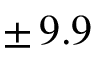
\pm \, 9 . 9